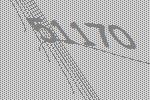
51170